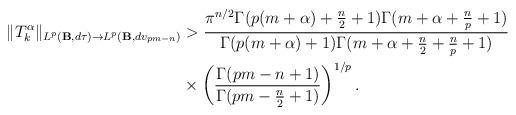
LaTeX: \begin{align*}\|T_{k}^{\alpha}\|_{L^{p}(\mathbf{B},d\tau)\rightarrow L^{p}(\mathbf{B},dv_{pm-n})}&> \frac{\pi^{n/2}\Gamma(p(m+\alpha)+\frac{n}{2}+1)\Gamma(m+\alpha+\frac{n}{p}+1)}{\Gamma(p(m+\alpha)+1)\Gamma(m+\alpha+\frac{n}{2}+\frac{n}{p}+1)}\\&\times\left(\frac{\Gamma(pm-n+1)}{\Gamma(pm-\frac{n}{2}+1)}\right)^{1/p}.\end{align*}